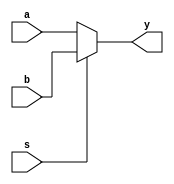
module mux21c(
  input wire a,
  input wire b,
  input wire s,
  output reg y
);

  assign y = s ? b:a;
  
endmodule